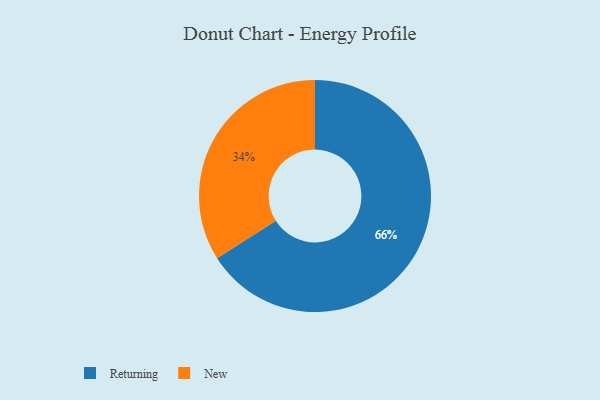
{"axis": {"x": "Category", "y": "Percentage"}, "legend": ["New", "Returning"], "data": [{"x": "Returning", "y": 66, "type": "Returning"}, {"x": "New", "y": 34, "type": "New"}]}